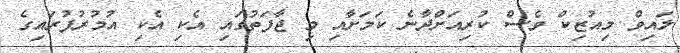
ލައިވް މިއުޒިކް ވެސް ކުރިއަށްދާނެ ކަމަށާއި މި ޖާފަތުގައި އެކި އެކި އުމުރުފުރައިގެ